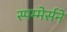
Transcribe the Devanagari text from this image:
स्पम्मेर्सने